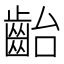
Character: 齝